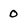
Character: 0